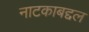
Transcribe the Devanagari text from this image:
नाटकाबद्दल